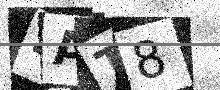
Text: 4AT8